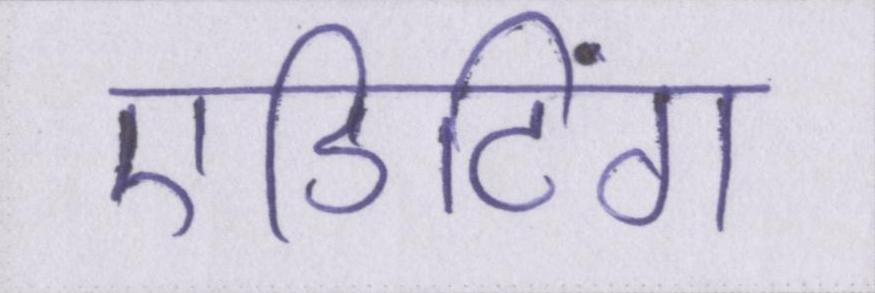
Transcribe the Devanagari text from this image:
एडिटिंग